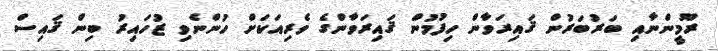
ރޫމީންނާއި ބަރުބަރުން ޤައިރަވާން ހިފުމުން ޤައިރަވާންގެ ވެރިއަކަށް ހުންނެވި ޒުހައިރު ބިން ޤައިސް